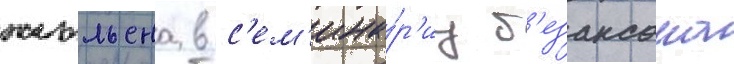
жюльена в с'ем'ина́р'иу б'езансона